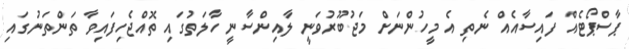
ޕާސްޕޯޓެއް ފައިސާއެއް ނެތި އެ މީހުންނަށް މަޖުބޫރުވަނީ ލާއިންސާނީ ހާލަތުގައި ތޮއްޖެހިފައިވާ ތަންތަނުގައި